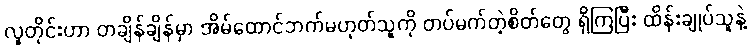
လူတိုင်းဟာ တချိန်ချိန်မှာ အိမ်ထောင်ဘက်မဟုတ်သူကို တပ်မက်တဲ့စိတ်တွေ ရှိကြပြီး ထိန်းချုပ်သူနဲ့